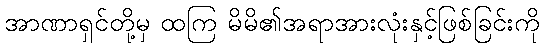
အာဏာရှင်တို့မှ ထကြ မိမိ၏အရာအားလုံးနှင့်ဖြစ်ခြင်းကို